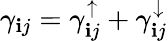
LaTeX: \gamma_{\mathbf{i}j}=\gamma_{\mathbf{i}j}^{\uparrow}+\gamma_{\mathbf{i}j}^{\downarrow}